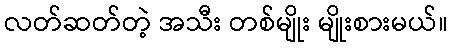
လတ်ဆတ်တဲ့ အသီး တစ်မျိုး မျိုးစားမယ်။